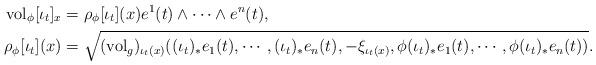
LaTeX: \begin{align*}{\rm vol}_{\phi} [\iota_{t}]_{x}&= \rho_{\phi}[\iota_{t}] (x) e^{1}(t) \wedge \cdots \wedge e^{n}(t), \\\rho_{\phi} [\iota_{t}] (x)&=\sqrt{({\rm vol}_{g})_{\iota_{t}(x)}((\iota_{t})_{*} e_{1}(t), \cdots, (\iota_{t})_{*} e_{n}(t), -\xi_{\iota_{t}(x)}, \phi (\iota_{t})_{*} e_{1}(t), \cdots, \phi (\iota_{t})_{*} e_{n}(t))}.\end{align*}